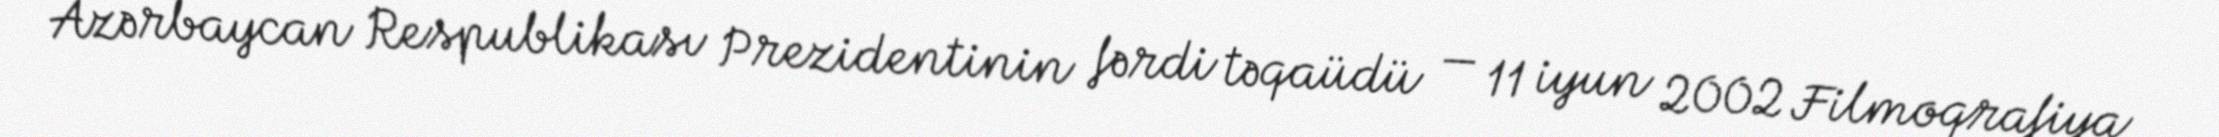
Azərbaycan Respublikası Prezidentinin fərdi təqaüdü — 11 iyun 2002 Filmoqrafiya